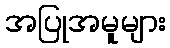
အပြုအမူများ